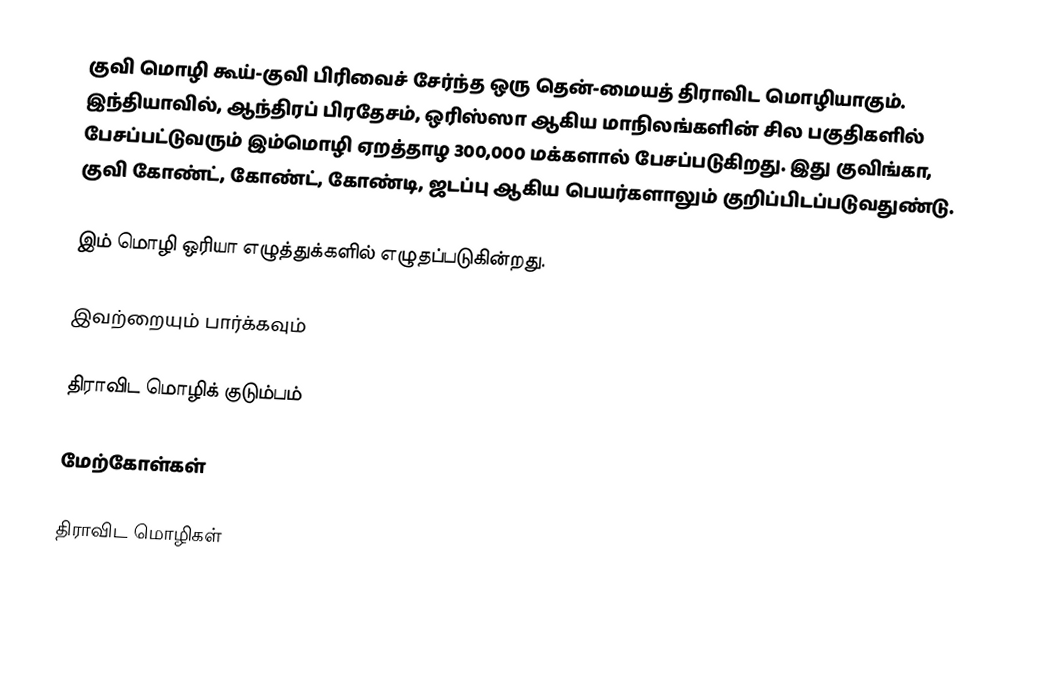
குவி மொழி கூய்-குவி பிரிவைச் சேர்ந்த ஒரு தென்-மையத் திராவிட மொழியாகும். இந்தியாவில், ஆந்திரப் பிரதேசம், ஒரிஸ்ஸா ஆகிய மாநிலங்களின் சில பகுதிகளில் பேசப்பட்டுவரும் இம்மொழி ஏறத்தாழ 300,000 மக்களால் பேசப்படுகிறது. இது குவிங்கா, குவி கோண்ட், கோண்ட், கோண்டி, ஜடப்பு ஆகிய பெயர்களாலும் குறிப்பிடப்படுவதுண்டு.

இம் மொழி ஒரியா எழுத்துக்களில் எழுதப்படுகின்றது.

இவற்றையும் பார்க்கவும்

 திராவிட மொழிக் குடும்பம்

மேற்கோள்கள்

திராவிட மொழிகள்